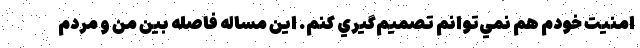
امنيت خودم هم نمي‌توانم تصميم‌گيري كنم. اين مساله فاصله بين من و مردم